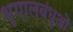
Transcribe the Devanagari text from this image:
शृगालबंधुओं